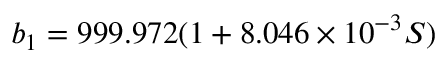
b _ { 1 } = 9 9 9 . 9 7 2 ( 1 + 8 . 0 4 6 \times 1 0 ^ { - 3 } S )